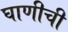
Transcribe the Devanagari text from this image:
घाणीची